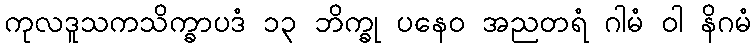
ကုလဒူသကသိက္ခာပဒံ ၁၃ ဘိက္ခု ပနေဝ အညတရံ ဂါမံ ဝါ နိဂမံ